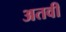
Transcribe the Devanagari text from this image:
अतवी